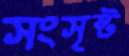
সংসৃষ্ট